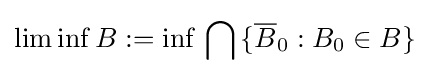
\liminf B:=\inf \,\bigcap \,\{{\overline {B}}_{0}:B_{0}\in B\}